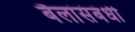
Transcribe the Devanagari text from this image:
बैलांसंबंधी